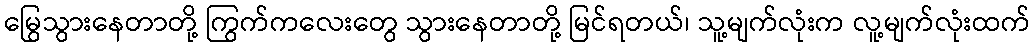
မြွေသွားနေတာတို့ ကြွက်ကလေးတွေ သွားနေတာတို့ မြင်ရတယ်၊ သူ့မျက်လုံးက လူ့မျက်လုံးထက်